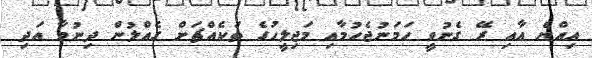
އިއްޔެ އާއި ރޭ ގެނުވީ ހަމަނުޖެހުމާއި މަޖިލީހުގެ ތަކެއްޗަށް ގެއްލުން ދިނުމާ އަދި